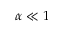
\alpha \ll 1